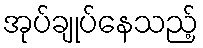
အုပ်ချုပ်နေသည့်